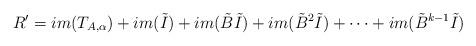
LaTeX: \begin{align*}R^{\prime}=im(T_{A,\alpha})+im(\tilde{I})+im(\tilde{B}\tilde{I})+im(\tilde{B}^{2}\tilde{I})+\dots+im(\tilde{B}^{k-1}\tilde{I})\end{align*}